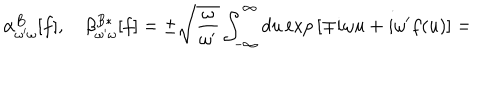
\alpha _ { \omega ^ { \prime } \omega } ^ { B } [ f ] , \quad \beta _ { \omega ^ { \prime } \omega } ^ { B * } [ f ] = \pm \sqrt { \frac { \omega } { \omega ^ { \prime } } } \int _ { - \infty } ^ { \infty } d u \exp \, [ \mp i \omega u + i \omega ^ { \prime } f ( u ) ] =